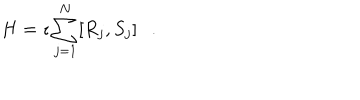
H = \imath \sum _ { j = 1 } ^ { N } [ R _ { j } , S _ { j } ] .